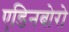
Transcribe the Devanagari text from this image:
एडिनबोरो